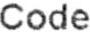
CODE